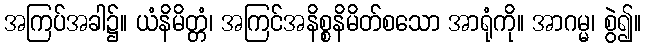
အကြပ်အခါ၌။ ယံနိမိတ္တံ၊ အကြင်အနိစ္စနိမိတ်စသော အာရုံကို။ အာဂမ္မ၊ စွဲ၍။